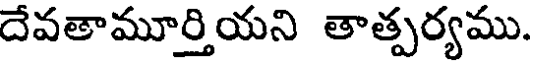
దేవతామూర్తియని తాత్పర్యము.